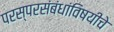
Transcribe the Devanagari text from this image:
परस्परसंबंधांविषयीचे